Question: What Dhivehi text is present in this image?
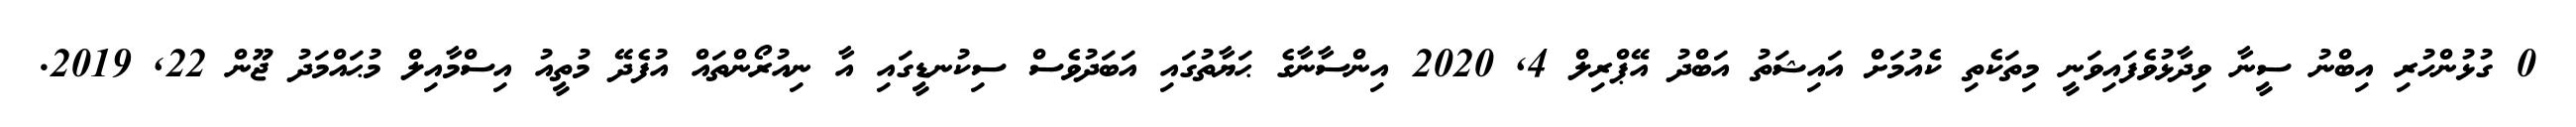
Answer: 0 ގުޅުންހުރި އިބްނު ސީނާ ވިދާޅުވެފައިވަނީ މިތަކެތި ކެއުމަށް އައިޝަތު އަބްދު އޭޕްރިލް 4, 2020 އިންސާނާގެ ޙަޔާތުގައި އަބަދުވެސް ސިކުނޑީގައި އާ ނިއުރޯންތައް އުފެދޭ މުތީއު އިސްމާއިލް މުޙައްމަދު ޖޫން 22, 2019.